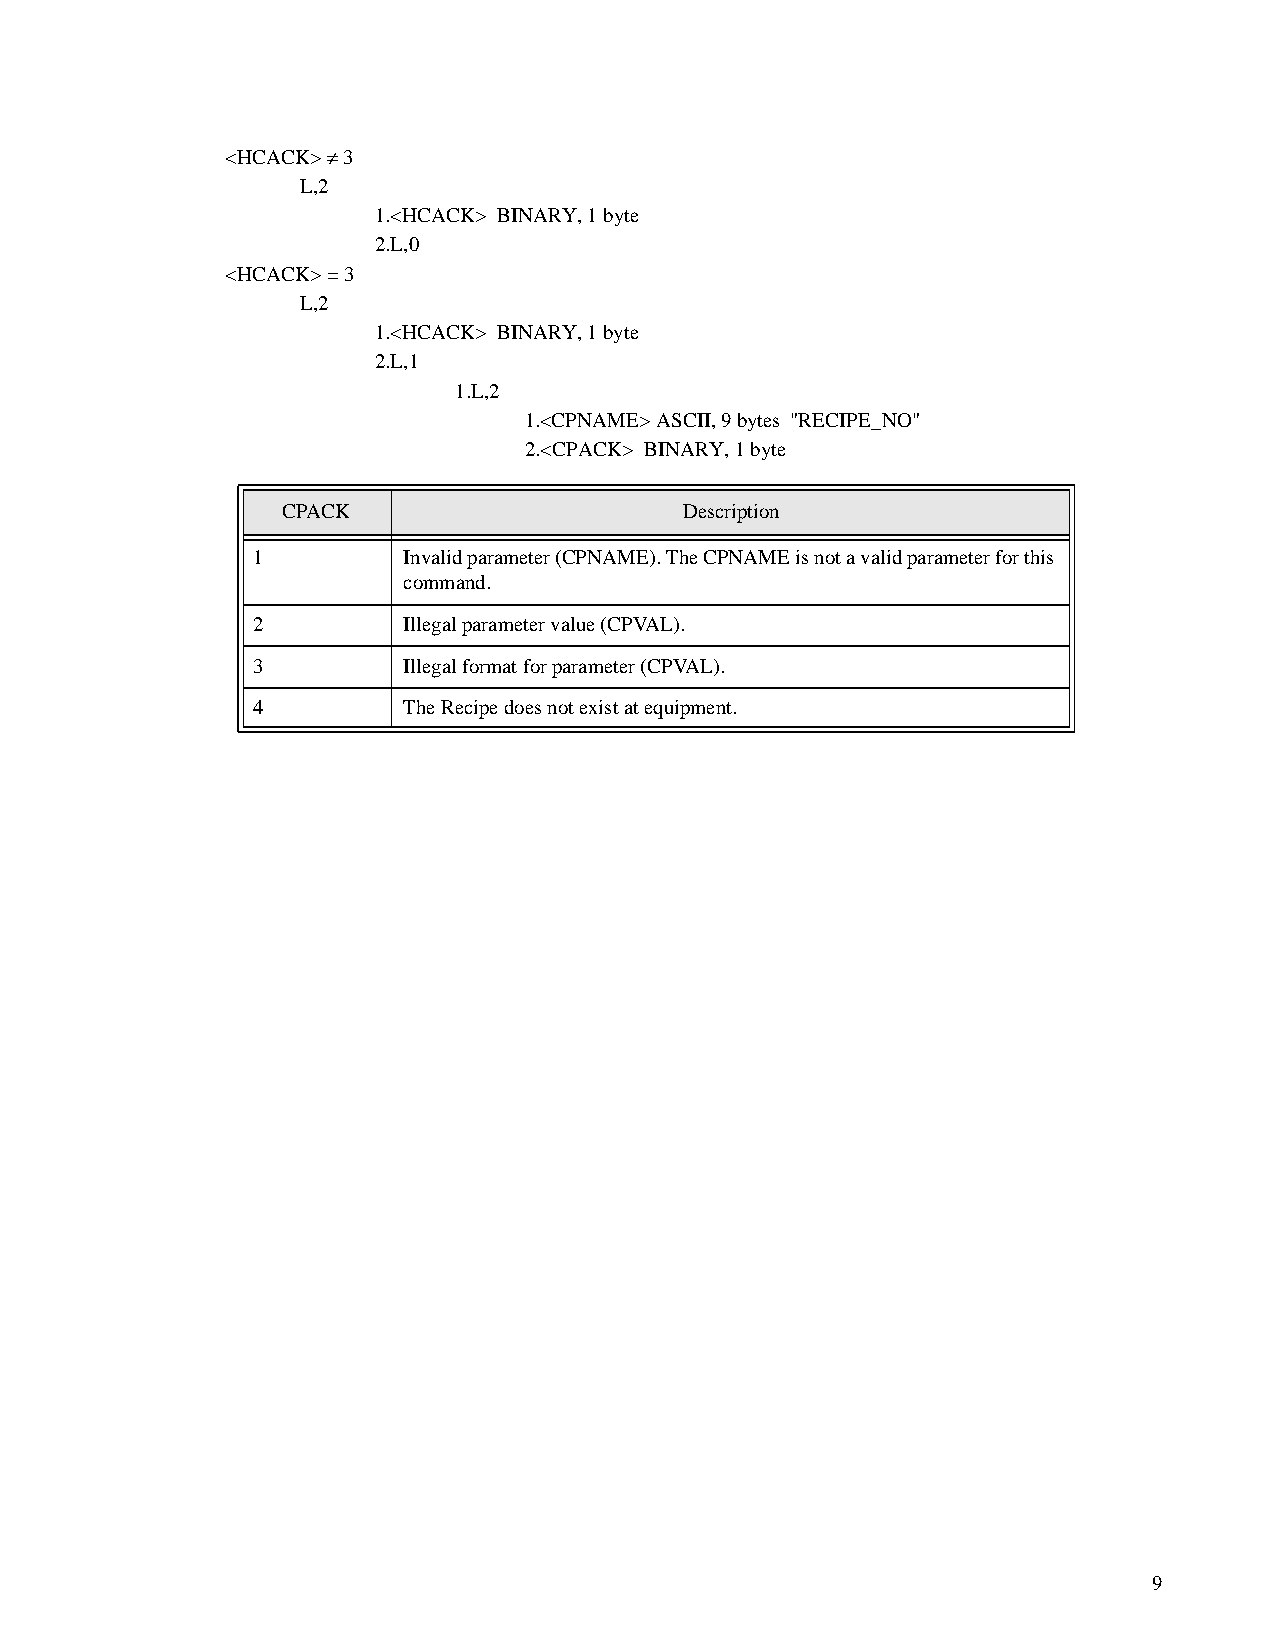
<HCACK> „ 3
 L,2
 1.<HCACK> BINARY, 1 byte
 2.L,0
 <HCACK> = 3
 L,2
 1.<HCACK> BINARY, 1 byte
 2.L,1
 1.L,2
 1.<CPNAME> ASCII, 9 bytes "RECIPE_NO"
 2.<CPACK> BINARY, 1 byte
 CPACK                     Description
 1         Invalid parameter (CPNAME). The CPNAME is not a valid parameter for this
 command.
 2         Illegal parameter value (CPVAL).
 3         Illegal format for parameter (CPVAL).
 4         The Recipe does not exist at equipment.
 9